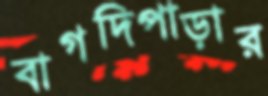
বাগদিপাড়ার